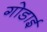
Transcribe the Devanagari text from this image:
गोडाई